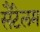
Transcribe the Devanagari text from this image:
सैंटेलम